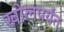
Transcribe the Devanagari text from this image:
खोलपर्यंत